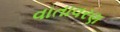
વાતાવરણ